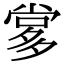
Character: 㗬